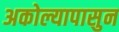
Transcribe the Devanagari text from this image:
अकोल्यापासुन